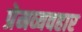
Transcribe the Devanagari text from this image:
प्रेमव्यवहार